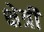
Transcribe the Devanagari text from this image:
क्षेत्रीं